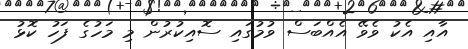
އާއި އެކު ވެވޭ އެއްބަސް ވުމުގައި ސޮއިކުރުން މި މަހުގެ ފަހު ކޮޅު